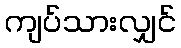
ကျပ်သားလျှင်